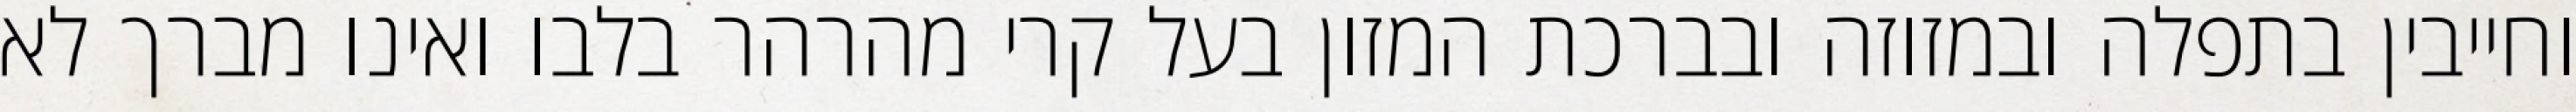
וחייבין בתפלה ובמזוזה ובברכת המזון בעל קרי מהרהר בלבו ואינו מברך לא